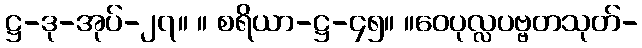
ဋ္ဌ-ဒု-အုပ်-၂၇။ ။ စရိယာ-ဋ္ဌ-၄၅။ ။ဝေပုလ္လပဗ္ဗတသုတ်-